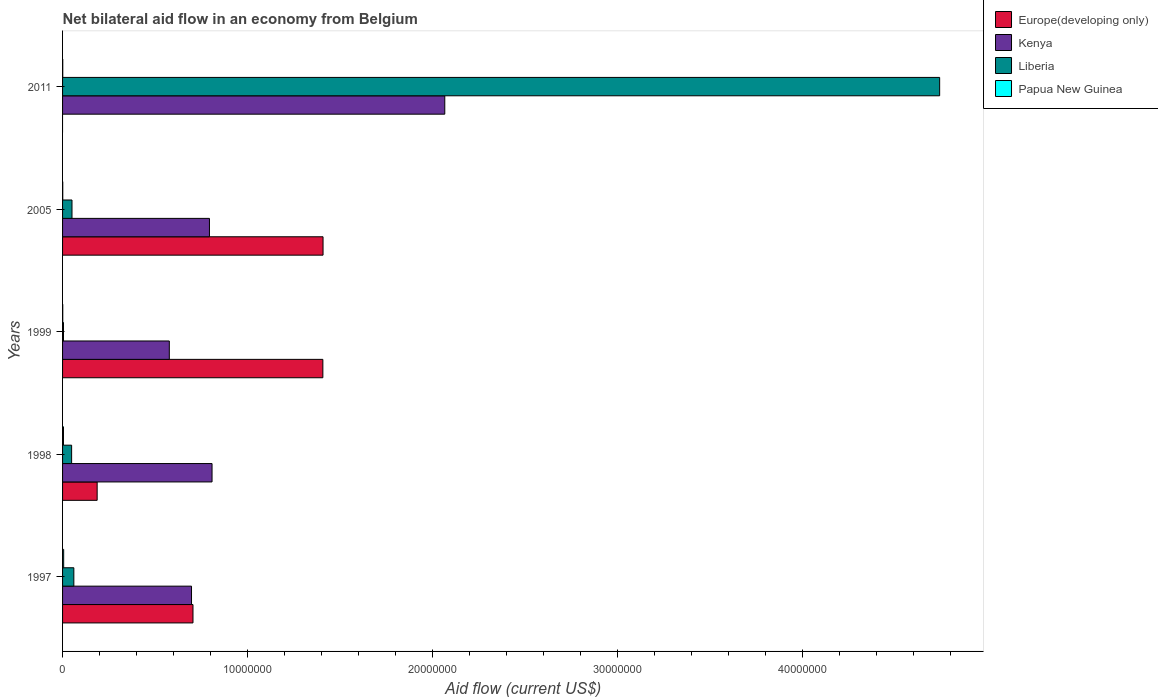
| Years | Europe(developing only) | Kenya | Liberia | Papua New Guinea |
 | --- | --- | --- | --- | --- |
 | 1997 | 7.05e+06 | 6.97e+06 | 6.1e+05 | 6e+04 |
 | 1998 | 1.87e+06 | 8.08e+06 | 4.9e+05 | 5e+04 |
 | 1999 | 1.41e+07 | 5.77e+06 | 5e+04 | 1e+04 |
 | 2005 | 1.41e+07 | 7.94e+06 | 5.1e+05 | 1e+04 |
 | 2011 | -2.41e+06 | 2.07e+07 | 4.74e+07 | 1e+04 |